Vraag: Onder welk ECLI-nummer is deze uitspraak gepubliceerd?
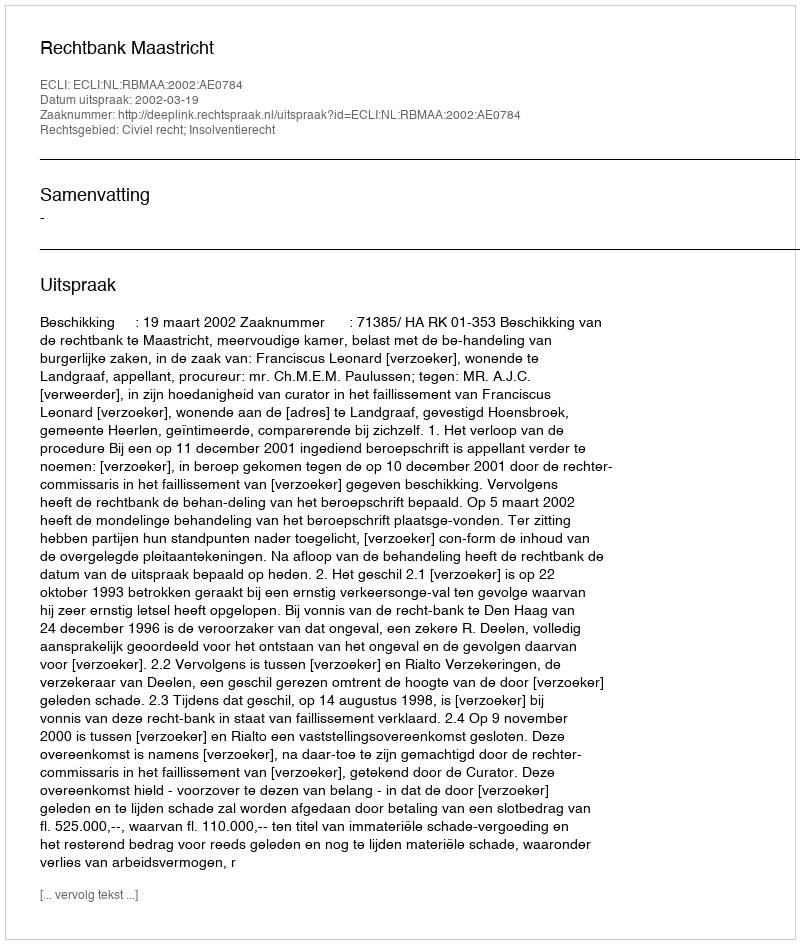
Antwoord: ECLI:NL:RBMAA:2002:AE0784